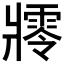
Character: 𤖜